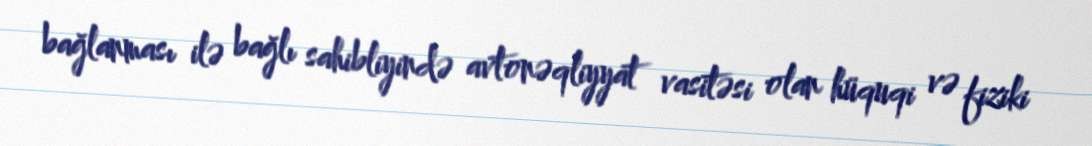
bağlanması ilə bağlı sahibliyində avtonəqliyyat vasitəsi olan hüquqi və fiziki